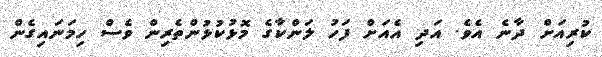
ކުރިއަށް ދާނެ އެވެ. އަދި އެއަށް ފަހު ލަންކާގެ މޮޅުކުޅުންތެރިން ވެސް ހިމަނައިގެން